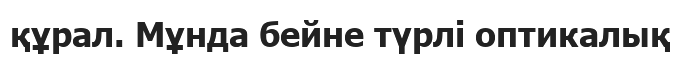
құрал. Мұнда бейне түрлі оптикалық